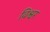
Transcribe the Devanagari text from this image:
विश्वर